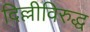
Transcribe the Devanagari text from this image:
दिल्लीविरुद्ध